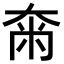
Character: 𡘴